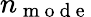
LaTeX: n_{\mathrm{~m~o~d~e~}}